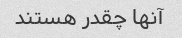
آنها چقدر هستند